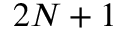
2 N + 1